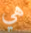
هي